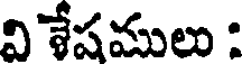
వి శేషములు :